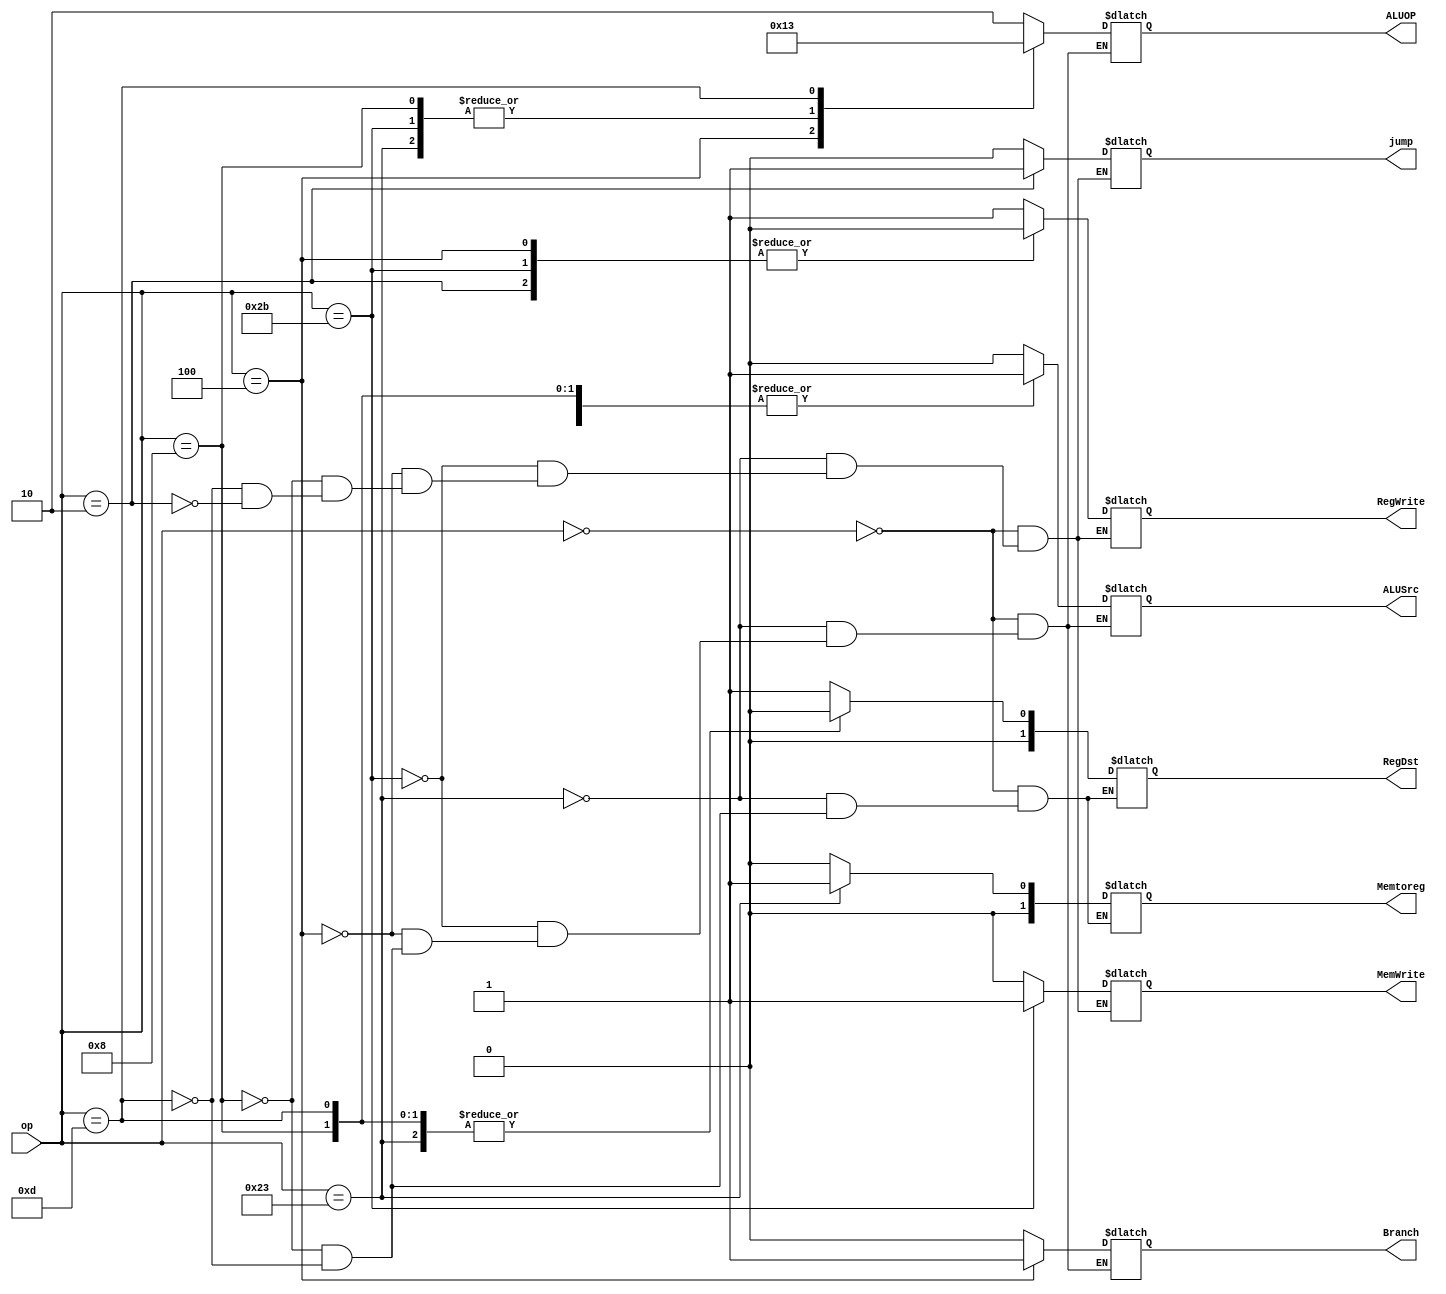
module Controller_Main_Decoder(op, Memtoreg, MemWrite, Branch, ALUSrc, RegDst, RegWrite, ALUOP,jump);

input [5:0] op;
output reg [1:0]  RegDst,Memtoreg;
output reg  MemWrite, Branch, ALUSrc, RegWrite,jump;
output reg [1:0] ALUOP;


always @(op)
begin
	case(op)
		6'b000000:  // add or sup
			begin
				RegWrite =1;
				RegDst	 =2'b01;
				ALUSrc	 =0;
				Branch	 =0;
				MemWrite =0;
				Memtoreg =2'b00;
				ALUOP    =2'b10;
				jump     =0    ;
			end
		6'b100011:  //lw
			begin
				RegWrite =1    ;
				RegDst	 =2'b00;
				ALUSrc	 =1    ;
				Branch	 =0    ;
				MemWrite =0    ;
				Memtoreg =2'b01;
				ALUOP    =2'b00;
				jump     =0    ;
			end
		6'b101011:  //sw
			begin
				RegWrite =0    ;
			//	RegDst	 =2'bxx;
				ALUSrc	 =1    ;
				Branch	 =0    ;
				MemWrite =1    ;
			//	Memtoreg =2'bxx;
				ALUOP    =2'b00;
				jump     =0    ;
			end
		6'b000100:  //beq
			begin
				RegWrite =0    ;
			//	RegDst	 =2'bxx;
				ALUSrc	 =0    ;
				Branch	 =1    ;
				MemWrite =0    ;
			//	Memtoreg =2'bxx;
				ALUOP    =2'b01;
				jump     =0    ;
			end
		6'b001000:  //addi
			begin
				RegWrite =1    ;
				RegDst	 =2'b00;
				ALUSrc	 =1    ;
				Branch	 =0    ;
				MemWrite =0    ;
				Memtoreg =2'b00;
				ALUOP    =2'b00;
				jump     =0    ;
			end
		6'b001101:  //ori
			begin
				RegWrite =1    ;
				RegDst	 =2'b00;
				ALUSrc	 =1    ;
				Branch	 =0    ;
				MemWrite =0    ;
				Memtoreg =2'b00;
				ALUOP    =2'b11;
				jump     =0    ;
			end
		6'b000010:  //j
			begin
				RegWrite =0    ;
			//	RegDst	 =2'bxx;
			//	ALUSrc	 =x    ;
			//	Branch	 =x    ;
				MemWrite =0    ;
			//	Memtoreg =2'bxx;
			//	ALUOP    =2'bxx;
				jump     =1    ;
			end
		6'b000010:  //jal
			begin
				RegWrite =1    ;
				RegDst	 =2'b10;
			//	ALUSrc	 =x    ;
			//	Branch	 =x    ;
				MemWrite =0    ;
				Memtoreg =2'b10;
			//	ALUOP    =2'bxx;
				jump     =1    ;
			end
		default 
			begin
				RegWrite =RegWrite    ;
				RegDst	 =RegDst   ;
				ALUSrc	 =ALUSrc    ;
				Branch	 =Branch    ;
				MemWrite =MemWrite    ;
				Memtoreg =Memtoreg    ;
				ALUOP    =ALUOP ;
				jump     =jump;
			end




	endcase	

end

endmodule